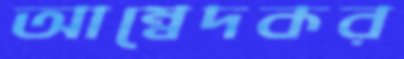
আম্বেদকর